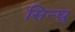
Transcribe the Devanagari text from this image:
सिन्घु